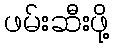
ဖမ်းဆီးဖို့